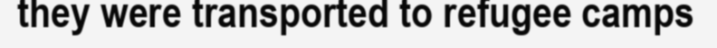
they were transported to refugee camps